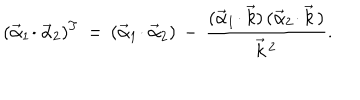
( \vec { \alpha } _ { 1 } \! \cdot \vec { \alpha } _ { 2 } ) ^ { T } \, = \, ( \vec { \alpha } _ { 1 } \! \cdot \vec { \alpha } _ { 2 } ) \, - \, { \frac { ( \vec { \alpha } _ { 1 } \! \cdot \vec { k } ) \, ( \vec { \alpha } _ { 2 } \! \cdot \vec { k } \, ) } { \vec { k } \, ^ { 2 } } } .